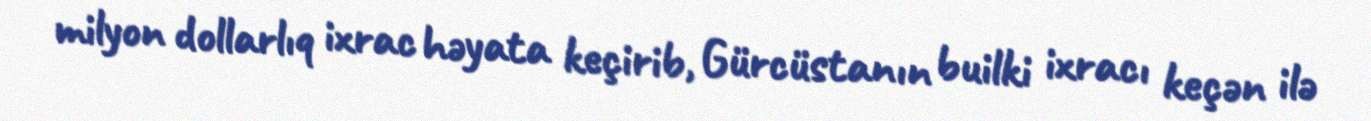
milyon dollarlıq ixrac həyata keçirib, Gürcüstanın builki ixracı keçən ilə